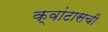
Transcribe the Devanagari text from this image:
क्वांटासची